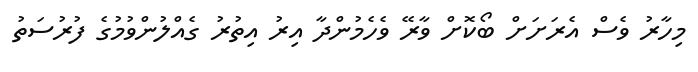
މިހާރު ވެސް އެރަށަށް ބޯކޮށް ވާރޭ ވެހެމުންދާ އިރު އިތުރު ގެއްލުންވުމުގެ ފުރުސަތު